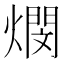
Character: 燘